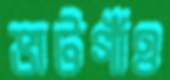
ভাটগাঁও